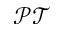
\mathcal { P T }